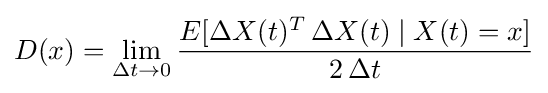
D(x)=\lim _{\Delta t\rightarrow 0}{\frac {E[\Delta X(t)^{T}\,\Delta X(t)\mid X(t)=x]}{2\,\Delta t}}